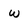
Character: w